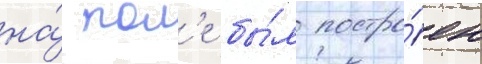
на́ пол'е бы́л постро́ен